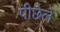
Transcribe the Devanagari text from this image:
पीछेले